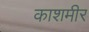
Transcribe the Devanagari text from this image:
काशमीर